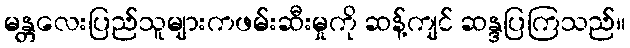
မန္တလေးပြည်သူများကဖမ်းဆီးမှုကို ဆန့်ကျင် ဆန္ဒပြကြသည်။